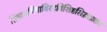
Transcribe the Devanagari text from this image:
सिषाधयिषाविरहविशिष्टसिद्ध्यभाव